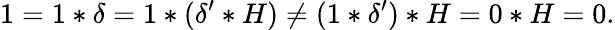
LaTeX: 1=1\ast\delta=1\ast(\delta^{\prime}\ast H)\neq(1\ast\delta^{\prime})\ast H=0\ast H=0.